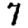
Digit: 7